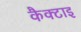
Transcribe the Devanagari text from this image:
कैक्टाइ